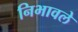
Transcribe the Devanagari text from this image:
निभावले